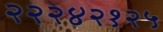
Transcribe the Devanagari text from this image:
२२२४२१२५